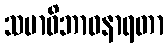
သမာဓိဘာဝနာရတာ